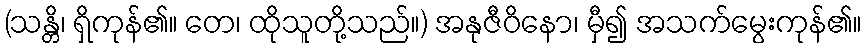
(သန္တိ၊ ရှိကုန်၏။ တေ၊ ထိုသူတို့သည်။) အနုဇီဝိနော၊ မှီ၍ အသက်မွေးကုန်၏။